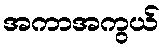
အကာအကွယ်